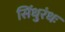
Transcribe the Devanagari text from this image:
सिंधुरंधः